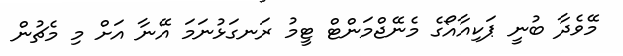
މޭވެދާ ބުނީ ޕަކިއާއޯގެ މެނޭޖްމަންޓް ޓީމު ރަނގަޅުނަމަ އޭނާ އަށް މި މެޗުން